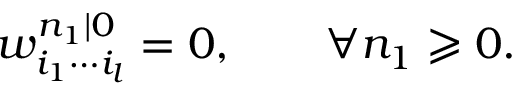
w _ { i _ { 1 } \cdots i _ { l } } ^ { n _ { 1 } | 0 } = 0 , \qquad \forall n _ { 1 } \geqslant 0 .